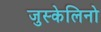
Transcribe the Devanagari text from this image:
जुस्केलिनो